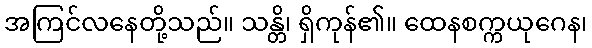
အကြင်လနေတို့သည်။ သန္တိ၊ ရှိကုန်၏။ ထေနစက္ကယုဂေန၊